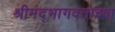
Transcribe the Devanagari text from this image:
श्रीमद्‍भागवताच्या